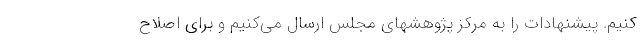
کنیم. پیشنهادات را به مرکز پژوهشهای مجلس ارسال می‌کنیم و برای اصلاح